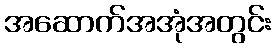
အဆောက်အအုံအတွင်း